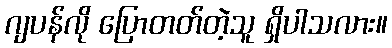
ဂျပန်လို ပြောတတ်တဲ့သူ ရှိပါသလား။